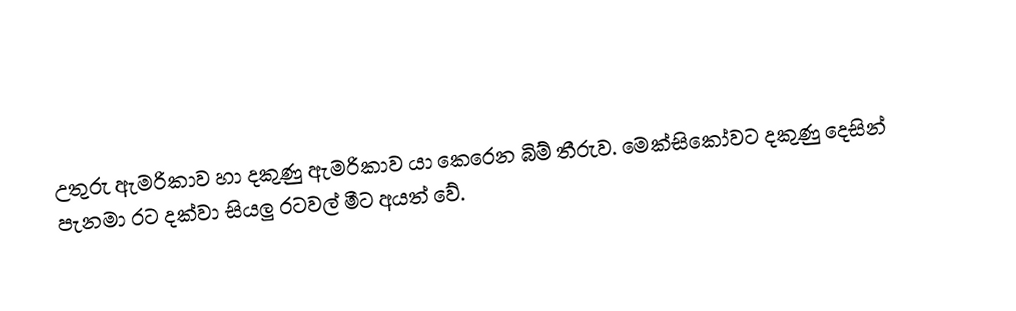
උතුරු ඇමරිකාව හා දකුණු ඇමරිකාව යා කෙරෙන බිම් තීරුව. මෙක්සිකෝවට දකුණු දෙසින් පැනමා රට දක්වා සියලු රටවල් මීට අයත් වේ.